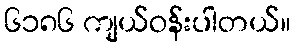
၆၁၈၆ ကျယ်ဝန်းပါတယ်။